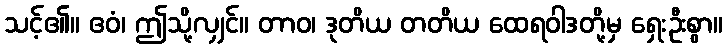
သင့်၏။ ဧဝံ၊ ဤသို့လျှင်။ တာဝ၊ ဒုတိယ တတိယ ထေရဝါဒတို့မှ ရှေးဦးစွာ။